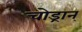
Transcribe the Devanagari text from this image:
चोड्रान्‌